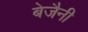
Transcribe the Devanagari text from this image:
बेजैनी